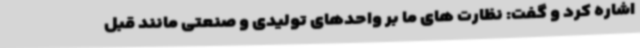
اشاره کرد و گفت: نظارت های ما بر واحدهای تولیدی و صنعتی مانند قبل